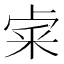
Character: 𥹄